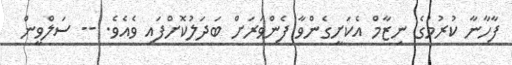
ފާހާނާ ކުރުމުގެ ނިޒާމް އެކަށީގެންވާ ފެންވަރަށް ބަދަލުކޮށްފައި ވެއެވެ. -- ސަލްވީން